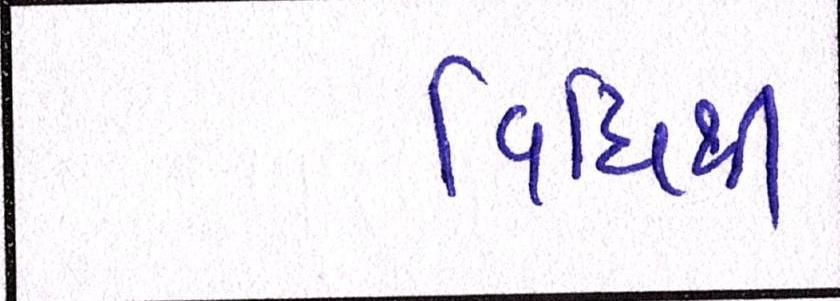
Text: વિધિથી